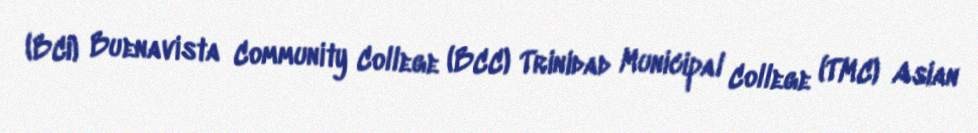
(BCI) Buenavista Community College (BCC) Trinidad Municipal College (TMC) Asian